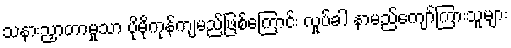
သနားညှာတာမှုသာ ပိုမိုကုန်ကျမည်ဖြစ်ကြောင်း လှုပ်ခါ နာမည်ကျော်ကြားသူများ